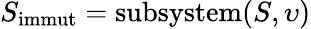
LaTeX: S_{\textup{immut}}=\textup{subsystem}(S,\upsilon)